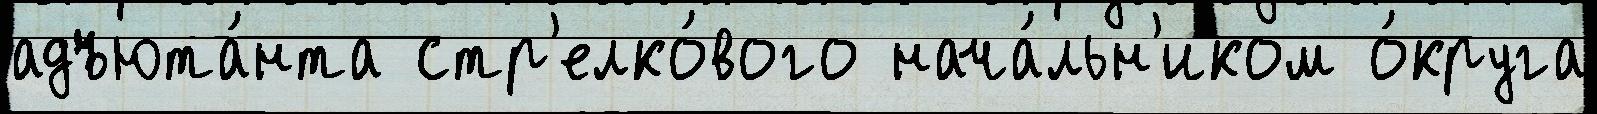
адъюта́нта стр'елко́вого нача́льн'иком о́круга